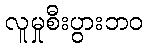
လူမှုစီးပွားဘဝ